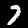
Label: 7